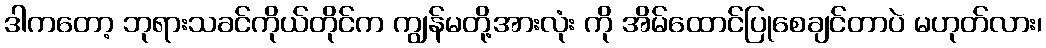
ဒါကတော့ ဘုရားသခင်ကိုယ်တိုင်က ကျွန်မတို့အားလုံး ကို အိမ်ထောင်ပြုစေချင်တာပဲ မဟုတ်လား၊